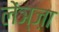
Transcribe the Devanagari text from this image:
लेंञ्ज़ा